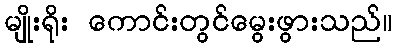
မျိုးရိုး ကောင်းတွင်မွေးဖွားသည်။